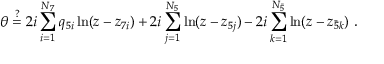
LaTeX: \theta \stackrel { ? } { = } 2 i \sum _ { i = 1 } ^ { N _ { 7 } } q _ { 5 i } \ln ( z - z _ { 7 i } ) + 2 i \sum _ { j = 1 } ^ { N _ { 5 } } \ln ( z - z _ { 5 j } ) - 2 i \sum _ { k = 1 } ^ { N _ { \bar { 5 } } } \ln ( z - z _ { \bar { 5 } k } ) \ .